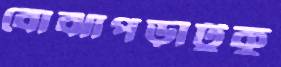
বোঝাপড়াটুকু